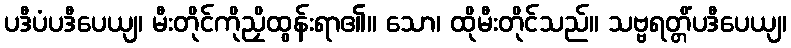
ပဒီပံပဒီပေယျ၊ မီးတိုင်ကိုညှိထွန်းရာ၏။ သော၊ ထိုမီးတိုင်သည်။ သဗ္ဗရတ္တိံပဒီပေယျ၊